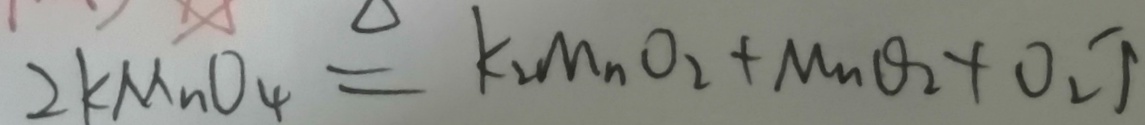
2 K M n O _ { 4 } \xlongequal { \Delta } K _ { 2 } M n O _ { 2 } + M n O _ { 2 } + O _ { 2 } \uparrow